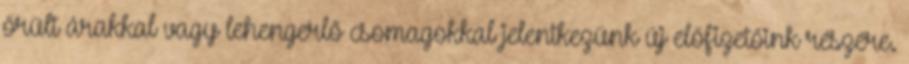
őrült árakkal vagy lehengerlő csomagokkal jelentkezünk új előfizetőink részére.